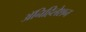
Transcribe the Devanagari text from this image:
ॲनिहिलेशन